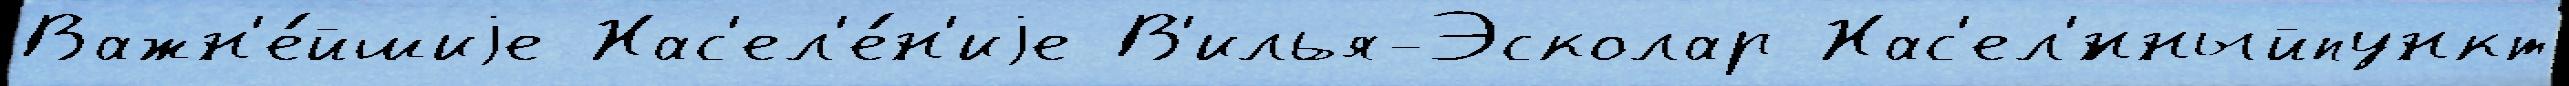
Важн'е́йшиjе Нас'ел'е́н'иjе В'илья-Эсколар Нас'ел'́нныйпункт